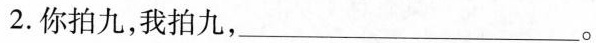
2.你拍九，我拍九，___。